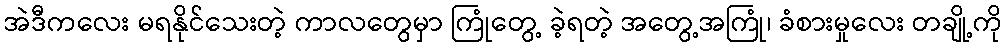
အဲဒီကလေး မရနိုင်သေးတဲ့ ကာလတွေမှာ ကြုံတွေ့ ခဲ့ရတဲ့ အတွေ့အကြုံ၊ ခံစားမှုလေး တချို့ကို